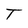
Character: T